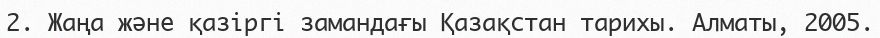
2. Жаңа және қазіргі замандағы Қазақстан тарихы. Алматы, 2005.